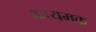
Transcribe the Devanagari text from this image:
कायमक